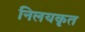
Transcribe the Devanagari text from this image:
निलयकृत